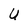
Character: U